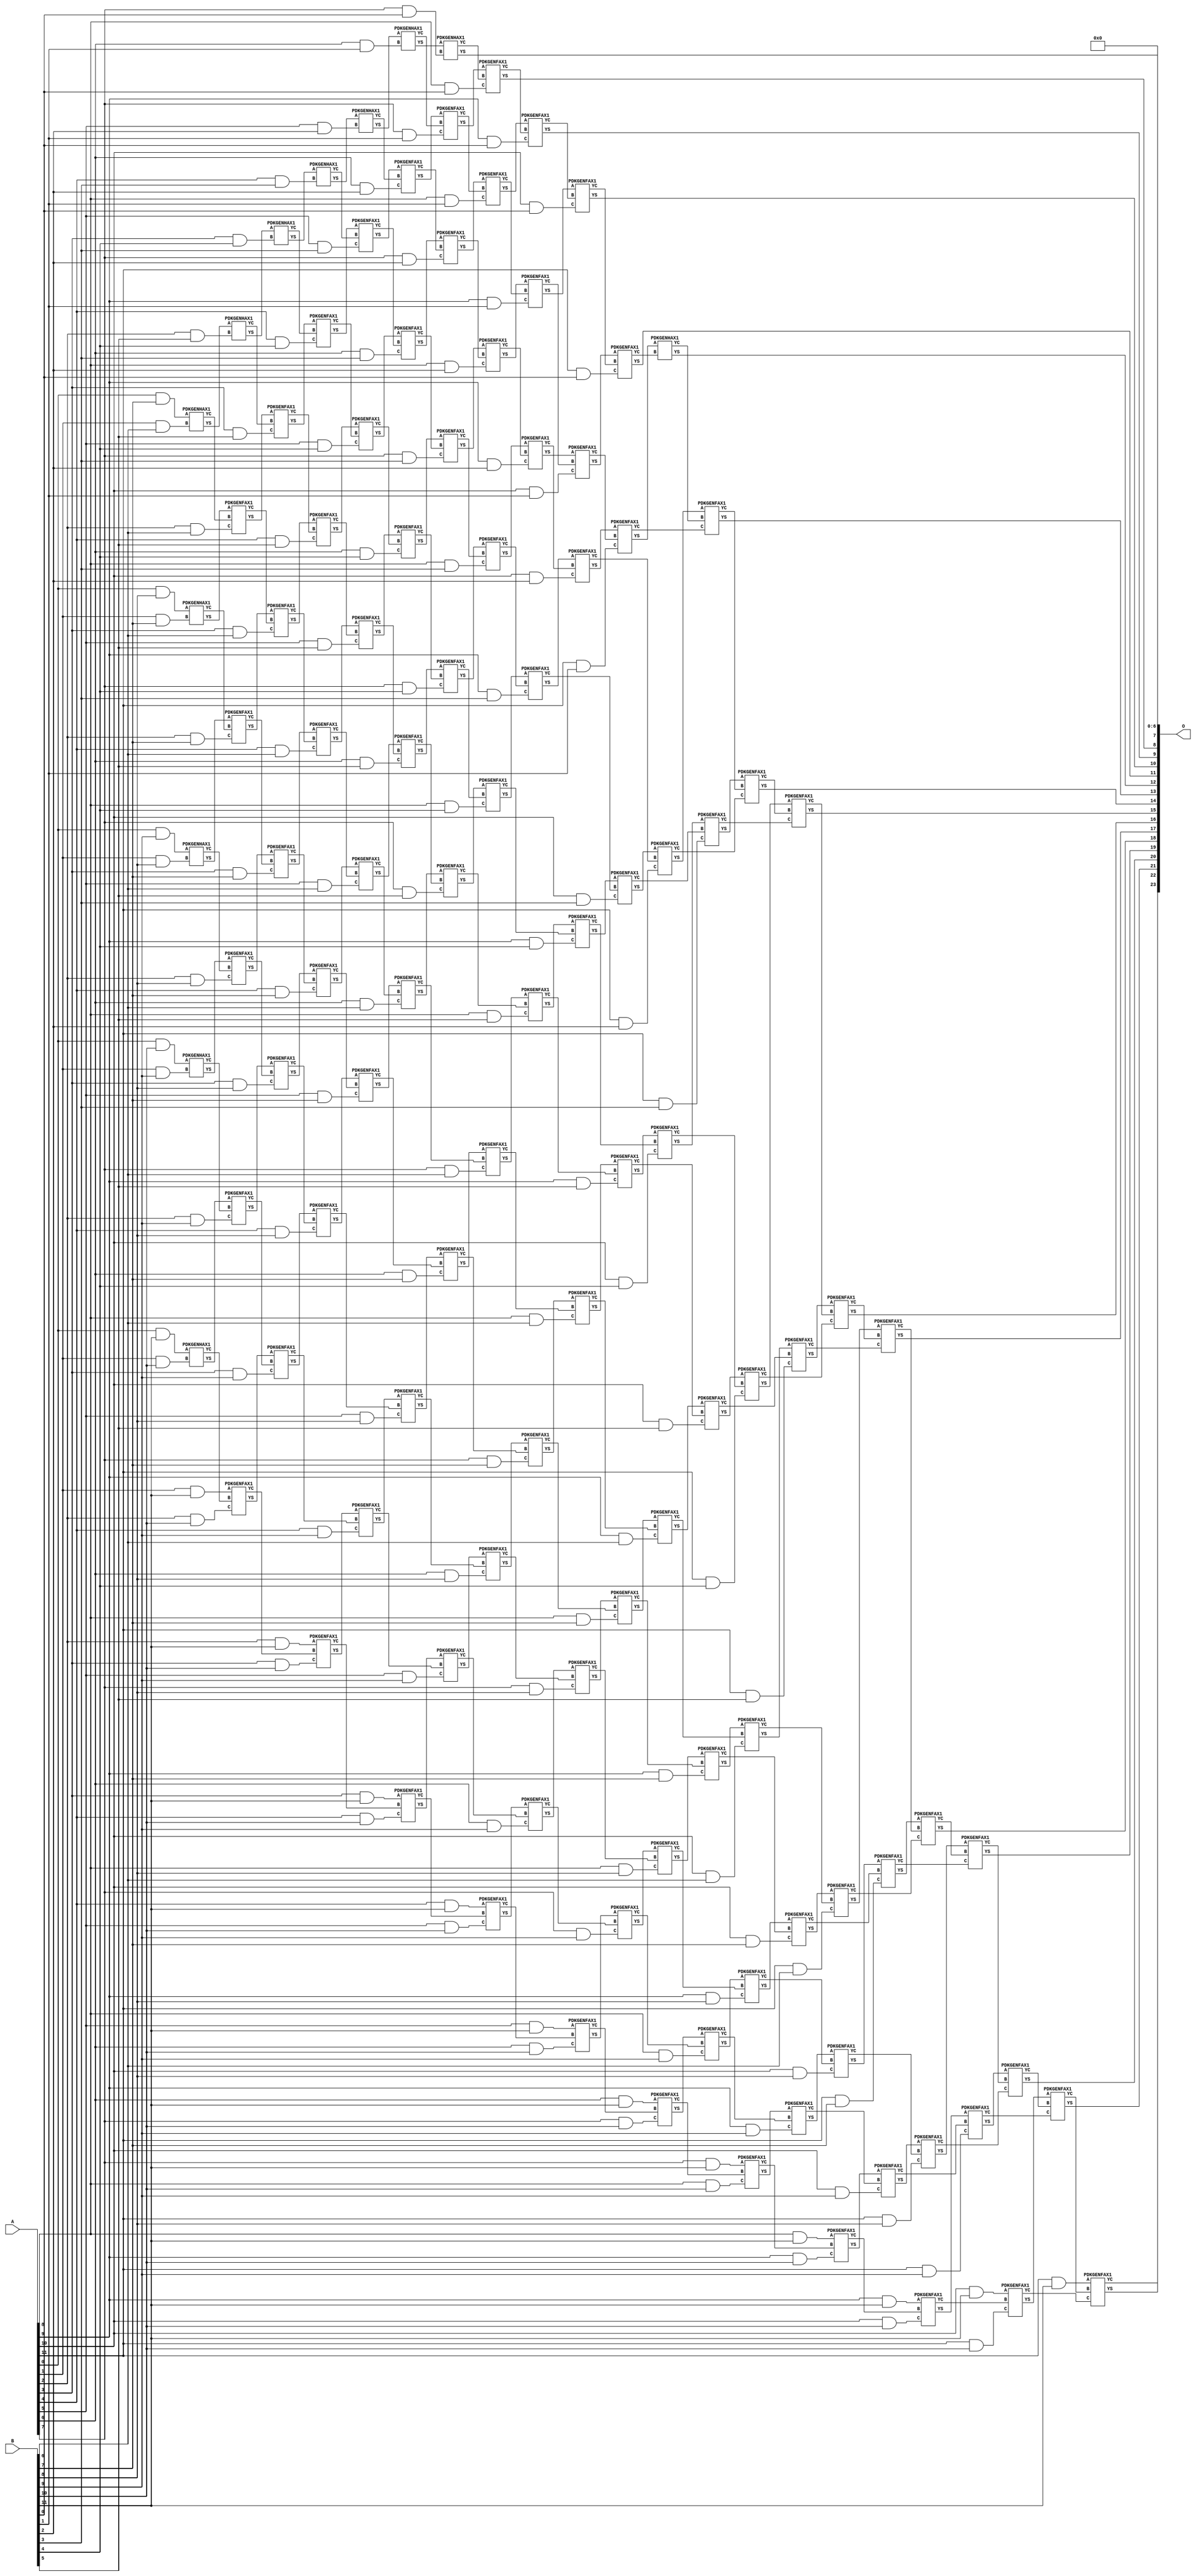
/***
* This code is a part of EvoApproxLib library (ehw.fit.vutbr.cz/approxlib) distributed under The MIT License.
* When used, please cite the following article(s): V. Mrazek, Z. Vasicek, L. Sekanina, H. Jiang and J. Han, "Scalable Construction of Approximate Multipliers With Formally Guaranteed Worst Case Error" in IEEE Transactions on Very Large Scale Integration (VLSI) Systems, vol. 26, no. 11, pp. 2572-2576, Nov. 2018. doi: 10.1109/TVLSI.2018.2856362 
* This file contains a circuit from a sub-set of pareto optimal circuits with respect to the pwr and wce parameters
***/
// MAE% = 0.0011 %
// MAE = 192 
// WCE% = 0.0046 %
// WCE = 769 
// WCRE% = 100.00 %
// EP% = 96.48 %
// MRE% = 0.057 %
// MSE = 50190 
// PDK45_PWR = 1.009 mW
// PDK45_AREA = 1337.0 um2
// PDK45_DELAY = 2.45 ns


module mul12u_2EH ( A, B, O );
  input [11:0] A;
  input [11:0] B;
  output [23:0] O;

  wire C_10_0,C_10_1,C_10_10,C_10_2,C_10_3,C_10_4,C_10_5,C_10_6,C_10_7,C_10_8,C_10_9,C_11_0,C_11_1,C_11_10,C_11_2,C_11_3,C_11_4,C_11_5,C_11_6,C_11_7,C_11_8,C_11_9,C_12_0,C_12_1,C_12_10,C_12_2,C_12_3,C_12_4,C_12_5,C_12_6,C_12_7,C_12_8,C_12_9,C_1_10,C_1_6,C_1_7,C_1_8,C_1_9,C_2_10,C_2_5,C_2_6,C_2_7,C_2_8,C_2_9,C_3_10,C_3_4,C_3_5,C_3_6,C_3_7,C_3_8,C_3_9,C_4_10,C_4_3,C_4_4,C_4_5,C_4_6,C_4_7,C_4_8,C_4_9,C_5_10,C_5_2,C_5_3,C_5_4,C_5_5,C_5_6,C_5_7,C_5_8,C_5_9,C_6_1,C_6_10,C_6_2,C_6_3,C_6_4,C_6_5,C_6_6,C_6_7,C_6_8,C_6_9,C_7_0,C_7_1,C_7_10,C_7_2,C_7_3,C_7_4,C_7_5,C_7_6,C_7_7,C_7_8,C_7_9,C_8_0,C_8_1,C_8_10,C_8_2,C_8_3,C_8_4,C_8_5,C_8_6,C_8_7,C_8_8,C_8_9,C_9_0,C_9_1,C_9_10,C_9_2,C_9_3,C_9_4,C_9_5,C_9_6,C_9_7,C_9_8,C_9_9,S_0_10,S_0_11,S_0_7,S_0_8,S_0_9,S_10_0,S_10_1,S_10_10,S_10_11,S_10_2,S_10_3,S_10_4,S_10_5,S_10_6,S_10_7,S_10_8,S_10_9,S_11_0,S_11_1,S_11_10,S_11_11,S_11_2,S_11_3,S_11_4,S_11_5,S_11_6,S_11_7,S_11_8,S_11_9,S_12_0,S_12_1,S_12_10,S_12_11,S_12_2,S_12_3,S_12_4,S_12_5,S_12_6,S_12_7,S_12_8,S_12_9,S_1_10,S_1_11,S_1_6,S_1_7,S_1_8,S_1_9,S_2_10,S_2_11,S_2_5,S_2_6,S_2_7,S_2_8,S_2_9,S_3_10,S_3_11,S_3_4,S_3_5,S_3_6,S_3_7,S_3_8,S_3_9,S_4_10,S_4_11,S_4_3,S_4_4,S_4_5,S_4_6,S_4_7,S_4_8,S_4_9,S_5_10,S_5_11,S_5_2,S_5_3,S_5_4,S_5_5,S_5_6,S_5_7,S_5_8,S_5_9,S_6_1,S_6_10,S_6_11,S_6_2,S_6_3,S_6_4,S_6_5,S_6_6,S_6_7,S_6_8,S_6_9,S_7_0,S_7_1,S_7_10,S_7_11,S_7_2,S_7_3,S_7_4,S_7_5,S_7_6,S_7_7,S_7_8,S_7_9,S_8_0,S_8_1,S_8_10,S_8_11,S_8_2,S_8_3,S_8_4,S_8_5,S_8_6,S_8_7,S_8_8,S_8_9,S_9_0,S_9_1,S_9_10,S_9_11,S_9_2,S_9_3,S_9_4,S_9_5,S_9_6,S_9_7,S_9_8,S_9_9;

  assign S_0_7 = (A[0] & B[7]);
  assign S_0_8 = (A[0] & B[8]);
  assign S_0_9 = (A[0] & B[9]);
  assign S_0_10 = (A[0] & B[10]);
  assign S_0_11 = (A[0] & B[11]);
  PDKGENHAX1 U14299 (.A(S_0_7), .B((A[1] & B[6])), .YS(S_1_6), .YC(C_1_6));
  PDKGENHAX1 U14300 (.A(S_0_8), .B((A[1] & B[7])), .YS(S_1_7), .YC(C_1_7));
  PDKGENHAX1 U14301 (.A(S_0_9), .B((A[1] & B[8])), .YS(S_1_8), .YC(C_1_8));
  PDKGENHAX1 U14302 (.A(S_0_10), .B((A[1] & B[9])), .YS(S_1_9), .YC(C_1_9));
  PDKGENHAX1 U14303 (.A(S_0_11), .B((A[1] & B[10])), .YS(S_1_10), .YC(C_1_10));
  assign S_1_11 = (A[1] & B[11]);
  PDKGENHAX1 U14310 (.A(S_1_6), .B((A[2] & B[5])), .YS(S_2_5), .YC(C_2_5));
  PDKGENFAX1 U14311 (.A(S_1_7), .B(C_1_6), .C((A[2] & B[6])), .YS(S_2_6), .YC(C_2_6));
  PDKGENFAX1 U14312 (.A(S_1_8), .B(C_1_7), .C((A[2] & B[7])), .YS(S_2_7), .YC(C_2_7));
  PDKGENFAX1 U14313 (.A(S_1_9), .B(C_1_8), .C((A[2] & B[8])), .YS(S_2_8), .YC(C_2_8));
  PDKGENFAX1 U14314 (.A(S_1_10), .B(C_1_9), .C((A[2] & B[9])), .YS(S_2_9), .YC(C_2_9));
  PDKGENFAX1 U14315 (.A(S_1_11), .B(C_1_10), .C((A[2] & B[10])), .YS(S_2_10), .YC(C_2_10));
  assign S_2_11 = (A[2] & B[11]);
  PDKGENHAX1 U14321 (.A(S_2_5), .B((A[3] & B[4])), .YS(S_3_4), .YC(C_3_4));
  PDKGENFAX1 U14322 (.A(S_2_6), .B(C_2_5), .C((A[3] & B[5])), .YS(S_3_5), .YC(C_3_5));
  PDKGENFAX1 U14323 (.A(S_2_7), .B(C_2_6), .C((A[3] & B[6])), .YS(S_3_6), .YC(C_3_6));
  PDKGENFAX1 U14324 (.A(S_2_8), .B(C_2_7), .C((A[3] & B[7])), .YS(S_3_7), .YC(C_3_7));
  PDKGENFAX1 U14325 (.A(S_2_9), .B(C_2_8), .C((A[3] & B[8])), .YS(S_3_8), .YC(C_3_8));
  PDKGENFAX1 U14326 (.A(S_2_10), .B(C_2_9), .C((A[3] & B[9])), .YS(S_3_9), .YC(C_3_9));
  PDKGENFAX1 U14327 (.A(S_2_11), .B(C_2_10), .C((A[3] & B[10])), .YS(S_3_10), .YC(C_3_10));
  assign S_3_11 = (A[3] & B[11]);
  PDKGENHAX1 U14332 (.A(S_3_4), .B((A[4] & B[3])), .YS(S_4_3), .YC(C_4_3));
  PDKGENFAX1 U14333 (.A(S_3_5), .B(C_3_4), .C((A[4] & B[4])), .YS(S_4_4), .YC(C_4_4));
  PDKGENFAX1 U14334 (.A(S_3_6), .B(C_3_5), .C((A[4] & B[5])), .YS(S_4_5), .YC(C_4_5));
  PDKGENFAX1 U14335 (.A(S_3_7), .B(C_3_6), .C((A[4] & B[6])), .YS(S_4_6), .YC(C_4_6));
  PDKGENFAX1 U14336 (.A(S_3_8), .B(C_3_7), .C((A[4] & B[7])), .YS(S_4_7), .YC(C_4_7));
  PDKGENFAX1 U14337 (.A(S_3_9), .B(C_3_8), .C((A[4] & B[8])), .YS(S_4_8), .YC(C_4_8));
  PDKGENFAX1 U14338 (.A(S_3_10), .B(C_3_9), .C((A[4] & B[9])), .YS(S_4_9), .YC(C_4_9));
  PDKGENFAX1 U14339 (.A(S_3_11), .B(C_3_10), .C((A[4] & B[10])), .YS(S_4_10), .YC(C_4_10));
  assign S_4_11 = (A[4] & B[11]);
  PDKGENHAX1 U14343 (.A(S_4_3), .B((A[5] & B[2])), .YS(S_5_2), .YC(C_5_2));
  PDKGENFAX1 U14344 (.A(S_4_4), .B(C_4_3), .C((A[5] & B[3])), .YS(S_5_3), .YC(C_5_3));
  PDKGENFAX1 U14345 (.A(S_4_5), .B(C_4_4), .C((A[5] & B[4])), .YS(S_5_4), .YC(C_5_4));
  PDKGENFAX1 U14346 (.A(S_4_6), .B(C_4_5), .C((A[5] & B[5])), .YS(S_5_5), .YC(C_5_5));
  PDKGENFAX1 U14347 (.A(S_4_7), .B(C_4_6), .C((A[5] & B[6])), .YS(S_5_6), .YC(C_5_6));
  PDKGENFAX1 U14348 (.A(S_4_8), .B(C_4_7), .C((A[5] & B[7])), .YS(S_5_7), .YC(C_5_7));
  PDKGENFAX1 U14349 (.A(S_4_9), .B(C_4_8), .C((A[5] & B[8])), .YS(S_5_8), .YC(C_5_8));
  PDKGENFAX1 U14350 (.A(S_4_10), .B(C_4_9), .C((A[5] & B[9])), .YS(S_5_9), .YC(C_5_9));
  PDKGENFAX1 U14351 (.A(S_4_11), .B(C_4_10), .C((A[5] & B[10])), .YS(S_5_10), .YC(C_5_10));
  assign S_5_11 = (A[5] & B[11]);
  PDKGENHAX1 U14354 (.A(S_5_2), .B((A[6] & B[1])), .YS(S_6_1), .YC(C_6_1));
  PDKGENFAX1 U14355 (.A(S_5_3), .B(C_5_2), .C((A[6] & B[2])), .YS(S_6_2), .YC(C_6_2));
  PDKGENFAX1 U14356 (.A(S_5_4), .B(C_5_3), .C((A[6] & B[3])), .YS(S_6_3), .YC(C_6_3));
  PDKGENFAX1 U14357 (.A(S_5_5), .B(C_5_4), .C((A[6] & B[4])), .YS(S_6_4), .YC(C_6_4));
  PDKGENFAX1 U14358 (.A(S_5_6), .B(C_5_5), .C((A[6] & B[5])), .YS(S_6_5), .YC(C_6_5));
  PDKGENFAX1 U14359 (.A(S_5_7), .B(C_5_6), .C((A[6] & B[6])), .YS(S_6_6), .YC(C_6_6));
  PDKGENFAX1 U14360 (.A(S_5_8), .B(C_5_7), .C((A[6] & B[7])), .YS(S_6_7), .YC(C_6_7));
  PDKGENFAX1 U14361 (.A(S_5_9), .B(C_5_8), .C((A[6] & B[8])), .YS(S_6_8), .YC(C_6_8));
  PDKGENFAX1 U14362 (.A(S_5_10), .B(C_5_9), .C((A[6] & B[9])), .YS(S_6_9), .YC(C_6_9));
  PDKGENFAX1 U14363 (.A(S_5_11), .B(C_5_10), .C((A[6] & B[10])), .YS(S_6_10), .YC(C_6_10));
  assign S_6_11 = (A[6] & B[11]);
  PDKGENHAX1 U14365 (.A(S_6_1), .B((A[7] & B[0])), .YS(S_7_0), .YC(C_7_0));
  PDKGENFAX1 U14366 (.A(S_6_2), .B(C_6_1), .C((A[7] & B[1])), .YS(S_7_1), .YC(C_7_1));
  PDKGENFAX1 U14367 (.A(S_6_3), .B(C_6_2), .C((A[7] & B[2])), .YS(S_7_2), .YC(C_7_2));
  PDKGENFAX1 U14368 (.A(S_6_4), .B(C_6_3), .C((A[7] & B[3])), .YS(S_7_3), .YC(C_7_3));
  PDKGENFAX1 U14369 (.A(S_6_5), .B(C_6_4), .C((A[7] & B[4])), .YS(S_7_4), .YC(C_7_4));
  PDKGENFAX1 U14370 (.A(S_6_6), .B(C_6_5), .C((A[7] & B[5])), .YS(S_7_5), .YC(C_7_5));
  PDKGENFAX1 U14371 (.A(S_6_7), .B(C_6_6), .C((A[7] & B[6])), .YS(S_7_6), .YC(C_7_6));
  PDKGENFAX1 U14372 (.A(S_6_8), .B(C_6_7), .C((A[7] & B[7])), .YS(S_7_7), .YC(C_7_7));
  PDKGENFAX1 U14373 (.A(S_6_9), .B(C_6_8), .C((A[7] & B[8])), .YS(S_7_8), .YC(C_7_8));
  PDKGENFAX1 U14374 (.A(S_6_10), .B(C_6_9), .C((A[7] & B[9])), .YS(S_7_9), .YC(C_7_9));
  PDKGENFAX1 U14375 (.A(S_6_11), .B(C_6_10), .C((A[7] & B[10])), .YS(S_7_10), .YC(C_7_10));
  assign S_7_11 = (A[7] & B[11]);
  PDKGENFAX1 U14377 (.A(S_7_1), .B(C_7_0), .C((A[8] & B[0])), .YS(S_8_0), .YC(C_8_0));
  PDKGENFAX1 U14378 (.A(S_7_2), .B(C_7_1), .C((A[8] & B[1])), .YS(S_8_1), .YC(C_8_1));
  PDKGENFAX1 U14379 (.A(S_7_3), .B(C_7_2), .C((A[8] & B[2])), .YS(S_8_2), .YC(C_8_2));
  PDKGENFAX1 U14380 (.A(S_7_4), .B(C_7_3), .C((A[8] & B[3])), .YS(S_8_3), .YC(C_8_3));
  PDKGENFAX1 U14381 (.A(S_7_5), .B(C_7_4), .C((A[8] & B[4])), .YS(S_8_4), .YC(C_8_4));
  PDKGENFAX1 U14382 (.A(S_7_6), .B(C_7_5), .C((A[8] & B[5])), .YS(S_8_5), .YC(C_8_5));
  PDKGENFAX1 U14383 (.A(S_7_7), .B(C_7_6), .C((A[8] & B[6])), .YS(S_8_6), .YC(C_8_6));
  PDKGENFAX1 U14384 (.A(S_7_8), .B(C_7_7), .C((A[8] & B[7])), .YS(S_8_7), .YC(C_8_7));
  PDKGENFAX1 U14385 (.A(S_7_9), .B(C_7_8), .C((A[8] & B[8])), .YS(S_8_8), .YC(C_8_8));
  PDKGENFAX1 U14386 (.A(S_7_10), .B(C_7_9), .C((A[8] & B[9])), .YS(S_8_9), .YC(C_8_9));
  PDKGENFAX1 U14387 (.A(S_7_11), .B(C_7_10), .C((A[8] & B[10])), .YS(S_8_10), .YC(C_8_10));
  assign S_8_11 = (A[8] & B[11]);
  PDKGENFAX1 U14389 (.A(S_8_1), .B(C_8_0), .C((A[9] & B[0])), .YS(S_9_0), .YC(C_9_0));
  PDKGENFAX1 U14390 (.A(S_8_2), .B(C_8_1), .C((A[9] & B[1])), .YS(S_9_1), .YC(C_9_1));
  PDKGENFAX1 U14391 (.A(S_8_3), .B(C_8_2), .C((A[9] & B[2])), .YS(S_9_2), .YC(C_9_2));
  PDKGENFAX1 U14392 (.A(S_8_4), .B(C_8_3), .C((A[9] & B[3])), .YS(S_9_3), .YC(C_9_3));
  PDKGENFAX1 U14393 (.A(S_8_5), .B(C_8_4), .C((A[9] & B[4])), .YS(S_9_4), .YC(C_9_4));
  PDKGENFAX1 U14394 (.A(S_8_6), .B(C_8_5), .C((A[9] & B[5])), .YS(S_9_5), .YC(C_9_5));
  PDKGENFAX1 U14395 (.A(S_8_7), .B(C_8_6), .C((A[9] & B[6])), .YS(S_9_6), .YC(C_9_6));
  PDKGENFAX1 U14396 (.A(S_8_8), .B(C_8_7), .C((A[9] & B[7])), .YS(S_9_7), .YC(C_9_7));
  PDKGENFAX1 U14397 (.A(S_8_9), .B(C_8_8), .C((A[9] & B[8])), .YS(S_9_8), .YC(C_9_8));
  PDKGENFAX1 U14398 (.A(S_8_10), .B(C_8_9), .C((A[9] & B[9])), .YS(S_9_9), .YC(C_9_9));
  PDKGENFAX1 U14399 (.A(S_8_11), .B(C_8_10), .C((A[9] & B[10])), .YS(S_9_10), .YC(C_9_10));
  assign S_9_11 = (A[9] & B[11]);
  PDKGENFAX1 U14401 (.A(S_9_1), .B(C_9_0), .C((A[10] & B[0])), .YS(S_10_0), .YC(C_10_0));
  PDKGENFAX1 U14402 (.A(S_9_2), .B(C_9_1), .C((A[10] & B[1])), .YS(S_10_1), .YC(C_10_1));
  PDKGENFAX1 U14403 (.A(S_9_3), .B(C_9_2), .C((A[10] & B[2])), .YS(S_10_2), .YC(C_10_2));
  PDKGENFAX1 U14404 (.A(S_9_4), .B(C_9_3), .C((A[10] & B[3])), .YS(S_10_3), .YC(C_10_3));
  PDKGENFAX1 U14405 (.A(S_9_5), .B(C_9_4), .C((A[10] & B[4])), .YS(S_10_4), .YC(C_10_4));
  PDKGENFAX1 U14406 (.A(S_9_6), .B(C_9_5), .C((A[10] & B[5])), .YS(S_10_5), .YC(C_10_5));
  PDKGENFAX1 U14407 (.A(S_9_7), .B(C_9_6), .C((A[10] & B[6])), .YS(S_10_6), .YC(C_10_6));
  PDKGENFAX1 U14408 (.A(S_9_8), .B(C_9_7), .C((A[10] & B[7])), .YS(S_10_7), .YC(C_10_7));
  PDKGENFAX1 U14409 (.A(S_9_9), .B(C_9_8), .C((A[10] & B[8])), .YS(S_10_8), .YC(C_10_8));
  PDKGENFAX1 U14410 (.A(S_9_10), .B(C_9_9), .C((A[10] & B[9])), .YS(S_10_9), .YC(C_10_9));
  PDKGENFAX1 U14411 (.A(S_9_11), .B(C_9_10), .C((A[10] & B[10])), .YS(S_10_10), .YC(C_10_10));
  assign S_10_11 = (A[10] & B[11]);
  PDKGENFAX1 U14413 (.A(S_10_1), .B(C_10_0), .C((A[11] & B[0])), .YS(S_11_0), .YC(C_11_0));
  PDKGENFAX1 U14414 (.A(S_10_2), .B(C_10_1), .C((A[11] & B[1])), .YS(S_11_1), .YC(C_11_1));
  PDKGENFAX1 U14415 (.A(S_10_3), .B(C_10_2), .C((A[11] & B[2])), .YS(S_11_2), .YC(C_11_2));
  PDKGENFAX1 U14416 (.A(S_10_4), .B(C_10_3), .C((A[11] & B[3])), .YS(S_11_3), .YC(C_11_3));
  PDKGENFAX1 U14417 (.A(S_10_5), .B(C_10_4), .C((A[11] & B[4])), .YS(S_11_4), .YC(C_11_4));
  PDKGENFAX1 U14418 (.A(S_10_6), .B(C_10_5), .C((A[11] & B[5])), .YS(S_11_5), .YC(C_11_5));
  PDKGENFAX1 U14419 (.A(S_10_7), .B(C_10_6), .C((A[11] & B[6])), .YS(S_11_6), .YC(C_11_6));
  PDKGENFAX1 U14420 (.A(S_10_8), .B(C_10_7), .C((A[11] & B[7])), .YS(S_11_7), .YC(C_11_7));
  PDKGENFAX1 U14421 (.A(S_10_9), .B(C_10_8), .C((A[11] & B[8])), .YS(S_11_8), .YC(C_11_8));
  PDKGENFAX1 U14422 (.A(S_10_10), .B(C_10_9), .C((A[11] & B[9])), .YS(S_11_9), .YC(C_11_9));
  PDKGENFAX1 U14423 (.A(S_10_11), .B(C_10_10), .C((A[11] & B[10])), .YS(S_11_10), .YC(C_11_10));
  assign S_11_11 = (A[11] & B[11]);
  PDKGENHAX1 U14425 (.A(S_11_1), .B(C_11_0), .YS(S_12_0), .YC(C_12_0));
  PDKGENFAX1 U14426 (.A(S_11_2), .B(C_12_0), .C(C_11_1), .YS(S_12_1), .YC(C_12_1));
  PDKGENFAX1 U14427 (.A(S_11_3), .B(C_12_1), .C(C_11_2), .YS(S_12_2), .YC(C_12_2));
  PDKGENFAX1 U14428 (.A(S_11_4), .B(C_12_2), .C(C_11_3), .YS(S_12_3), .YC(C_12_3));
  PDKGENFAX1 U14429 (.A(S_11_5), .B(C_12_3), .C(C_11_4), .YS(S_12_4), .YC(C_12_4));
  PDKGENFAX1 U14430 (.A(S_11_6), .B(C_12_4), .C(C_11_5), .YS(S_12_5), .YC(C_12_5));
  PDKGENFAX1 U14431 (.A(S_11_7), .B(C_12_5), .C(C_11_6), .YS(S_12_6), .YC(C_12_6));
  PDKGENFAX1 U14432 (.A(S_11_8), .B(C_12_6), .C(C_11_7), .YS(S_12_7), .YC(C_12_7));
  PDKGENFAX1 U14433 (.A(S_11_9), .B(C_12_7), .C(C_11_8), .YS(S_12_8), .YC(C_12_8));
  PDKGENFAX1 U14434 (.A(S_11_10), .B(C_12_8), .C(C_11_9), .YS(S_12_9), .YC(C_12_9));
  PDKGENFAX1 U14435 (.A(S_11_11), .B(C_12_9), .C(C_11_10), .YS(S_12_10), .YC(C_12_10));
  assign S_12_11 = C_12_10;
  assign O = {S_12_11,S_12_10,S_12_9,S_12_8,S_12_7,S_12_6,S_12_5,S_12_4,S_12_3,S_12_2,S_12_1,S_12_0,S_11_0,S_10_0,S_9_0,S_8_0,S_7_0,1'b0,1'b0,1'b0,1'b0,1'b0,1'b0,1'b0};

endmodule

/* mod */
module PDKGENHAX1( input A, input B, output YS, output YC );
    assign YS = A ^ B;
    assign YC = A & B;
endmodule
/* mod */
module PDKGENFAX1( input A, input B, input C, output YS, output YC );
    assign YS = (A ^ B) ^ C;
    assign YC = (A & B) | (B & C) | (A & C);
endmodule